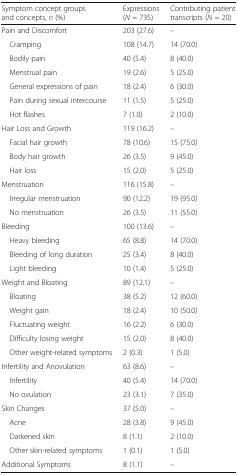
| Symptom concept groups and concepts, n (%) | Expressions (N = 735) | Contributing patient transcripts (N = 20) |
 | --- | --- | --- |
 | Pain and Discomfort | 203 (27.6) | – |
 | Cramping | 108 (14.7) | 14 (70.0) |
 | Bodily pain | 40 (5.4) | 8 (40.0) |
 | Menstrual pain | 19 (2.6) | 5 (25.0) |
 | General expressions of pain | 18 (2.4) | 6 (30.0) |
 | Pain during sexual intercourse | 11 (1.5) | 5 (25.0) |
 | Hot flashes | 7 (1.0) | 2 (10.0) |
 | Hair Loss and Growth | 119 (16.2) | – |
 | Facial hair growth | 78 (10.6) | 15 (75.0) |
 | Body hair growth | 26 (3.5) | 9 (45.0) |
 | Hair loss | 15 (2.0) | 5 (25.0) |
 | Menstruation | 116 (15.8) | – |
 | Irregular menstruation | 90 (12.2) | 19 (95.0) |
 | No menstruation | 26 (3.5) | 11 (55.0) |
 | Bleeding | 100 (13.6) | – |
 | Heavy bleeding | 65 (8.8) | 14 (70.0) |
 | Bleeding of long duration | 25 (3.4) | 8 (40.0) |
 | Light bleeding | 10 (1.4) | 5 (25.0) |
 | Weight and Bloating | 89 (12.1) | – |
 | Bloating | 38 (5.2) | 12 (60.0) |
 | Weight gain | 18 (2.4) | 10 (50.0) |
 | Fluctuating weight | 16 (2.2) | 6 (30.0) |
 | Difficulty losing weight | 15 (2.0) | 8 (40.0) |
 | Other weight-related symptoms | 2 (0.3) | 1 (5.0) |
 | Infertility and Anovulation | 63 (8.6) | – |
 | Infertility | 40 (5.4) | 14 (70.0) |
 | No ovulation | 23 (3.1) | 7 (35.0) |
 | Skin Changes | 37 (5.0) | – |
 | Acne | 28 (3.8) | 9 (45.0) |
 | Darkened skin | 8 (1.1) | 2 (10.0) |
 | Other skin-related symptoms | 1 (0.1) | 1 (5.0) |
 | Additional Symptoms | 8 (1.1) | – |